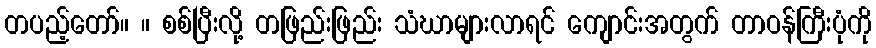
တပည့်တော်။ ။ စစ်ပြီးလို့ တဖြည်းဖြည်း သံဃာများလာရင် ကျောင်းအတွက် တာဝန်ကြီးပုံကို